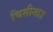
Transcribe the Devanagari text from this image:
चिसीनाउ